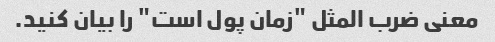
معنی ضرب المثل "زمان پول است" را بیان کنید.